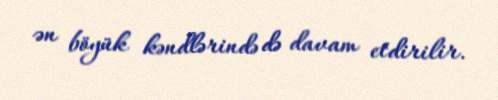
ən böyük kəndlərində də davam etdirilir.